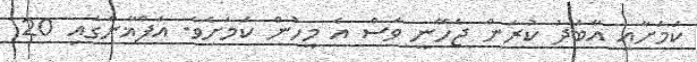
ކަމަށާއި އާބަދު ކުރަން ޖެހޭނީ ވެސް އެ މީހުން ކަމަށެވެ. އަފްޣާންގައި 20